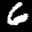
Label: 6